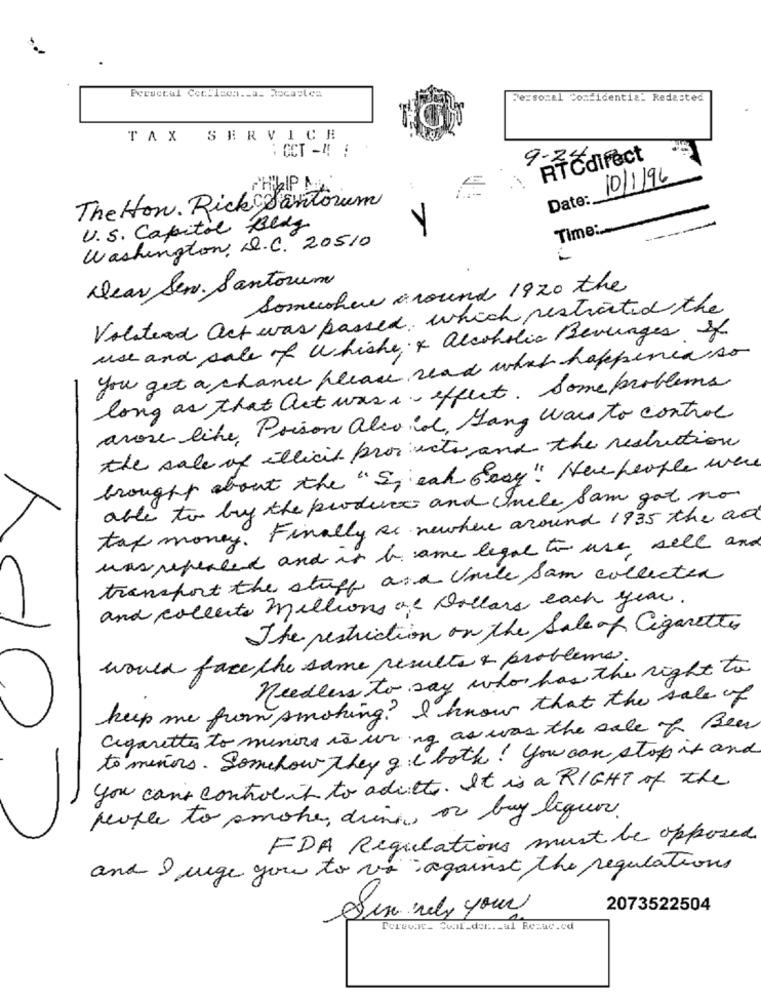
Peruccal Ccc.Icon ._ a_ Rocasles
Personal Confidential Redasted
TAX SERVICE
: CCT -4 :
. .
9-2
RT@direct
10/1/96
PHILIP NA
The Hon. Rick Santorum
Date:
-
U.S. Capitol Redy
Time :.
Washington, D.C. 20510
---
Dear Sen. Santorum
Somewhere around 1920 the
Volstead act was passed, which restricted the
use and sale of whiche; & alcoholic Beverages of
you get a chance please read what happened so
long as that act was e effect. Some problems
arose like, Prison also in, Gang was to control
the sale of illicit products and the restruction
brought about the "S" each Pasy" Here people were
able to buy the product and Uncle Sam got no
tax money. Finally se newhere around 1935 the ad
was repeated and is be ame legal to use sell and
transport the stuff and Voile Sam collecten
and collects millions of Dollars each year.
The restriction on the Sale of Cigarettes
would face the same results & problems.
needless to say who has the right to
keep me from smoking? I know that the sale of
Cigarettes to minions is wring as was the sale of Beer
to minors. Somehow they gie both! you can stop it and
you can't control it to adritte. It is a RIGHT of the
people to smoke, drink or buy liquor.
FDA Regulations must be opposed
and I urge you to va against the regulations
2073522504
Sex rely your
Torwwar. Svar_der ... ul Rezuc.od